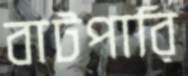
বাটপারি